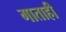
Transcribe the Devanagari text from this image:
गाताही